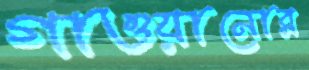
গাওয়ানোর